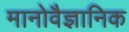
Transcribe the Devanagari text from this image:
मानोवैज्ञानिक